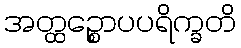
အတ္ထဉ္စောပပရိက္ခတိ